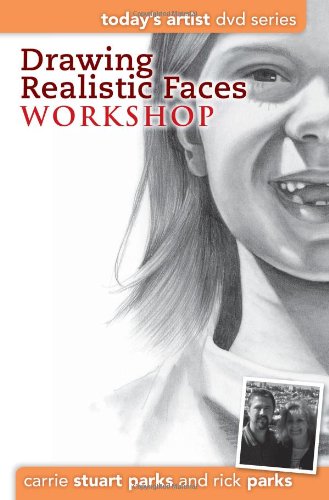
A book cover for Drawing Realistic Faces Workshop: DVD Series (Today's Artist); Carrie Stuart Parks; Arts & Photography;